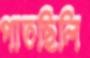
পাতছিলি